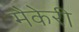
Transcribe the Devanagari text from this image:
मैकेरी